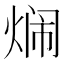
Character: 𬊢